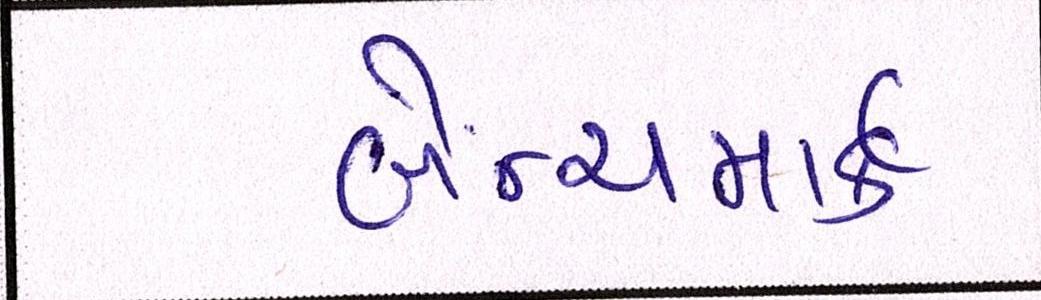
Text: બેન્ચમાર્ક